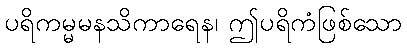
ပရိကမ္မမနသိကာရေန၊ ဤပရိကံဖြစ်သော